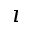
\imath